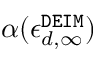
\alpha ( \epsilon _ { d , \infty } ^ { \tt D E I M } )